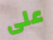
على